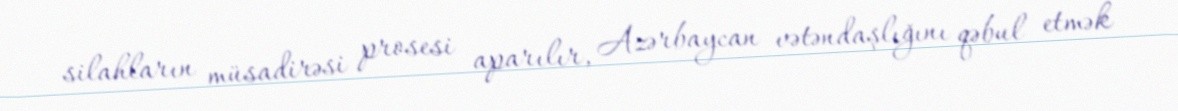
silahların müsadirəsi prosesi aparılır, Azərbaycan vətəndaşlığını qəbul etmək